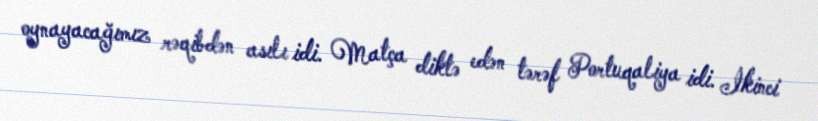
oynayacağımız rəqibdən asılı idi. Matça diktə edən tərəf Portuqaliya idi. İkinci